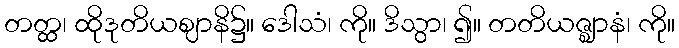
တတ္ထ၊ ထိုဒုတိယဈာနိ၌။ ဒေါသံ၊ ကို။ ဒိသွာ၊ ၍။ တတိယဇ္ဈာနံ၊ ကို။